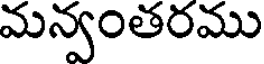
మన్వంతరము